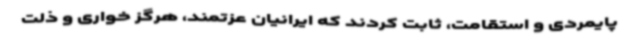
پایمردی و استقامت، ثابت کردند که ایرانیان عزتمند، هرگز خواری و ذلت